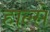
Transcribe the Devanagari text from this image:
हाल्से